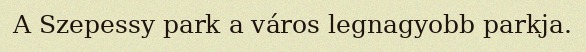
A Szepessy park a város legnagyobb parkja.